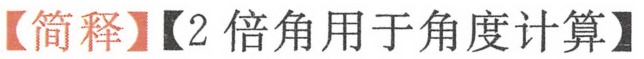
【简释】【2倍角用于角度计算】